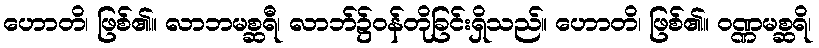
ဟောတိ၊ ဖြစ်၏။ လာဘမစ္ဆရီ၊ လာဘ်၌ဝန်တိုခြင်းရှိသည်။ ဟောတိ၊ ဖြစ်၏။ ဝဏ္ဏမစ္ဆရိ၊